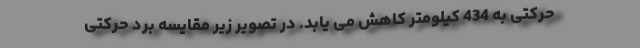
حرکتی به 434 کیلومتر کاهش می یابد. در تصویر زیر مقایسه برد حرکتی